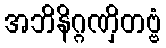
အဘိနိဂ္ဂဏှိတဗ္ဗံ